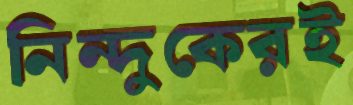
নিন্দুকেরই